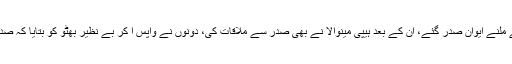
چودھری شجاعت لکھتے ہیں ’’امریکی سفیر صبح ساڑھے نو بجے صدر سے ملنے ایوانِ صدر گئے، اْن کے بعد ہیپی مینوالا نے بھی صدر سے ملاقات کی، دونوں نے واپس آ کر بے نظیر بھٹو کو بتایا کہ صدر غلام اسحاق خان نے حکومت برطرف کرنے کی خبروں کی تردید کی ہے۔